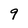
Character: 9